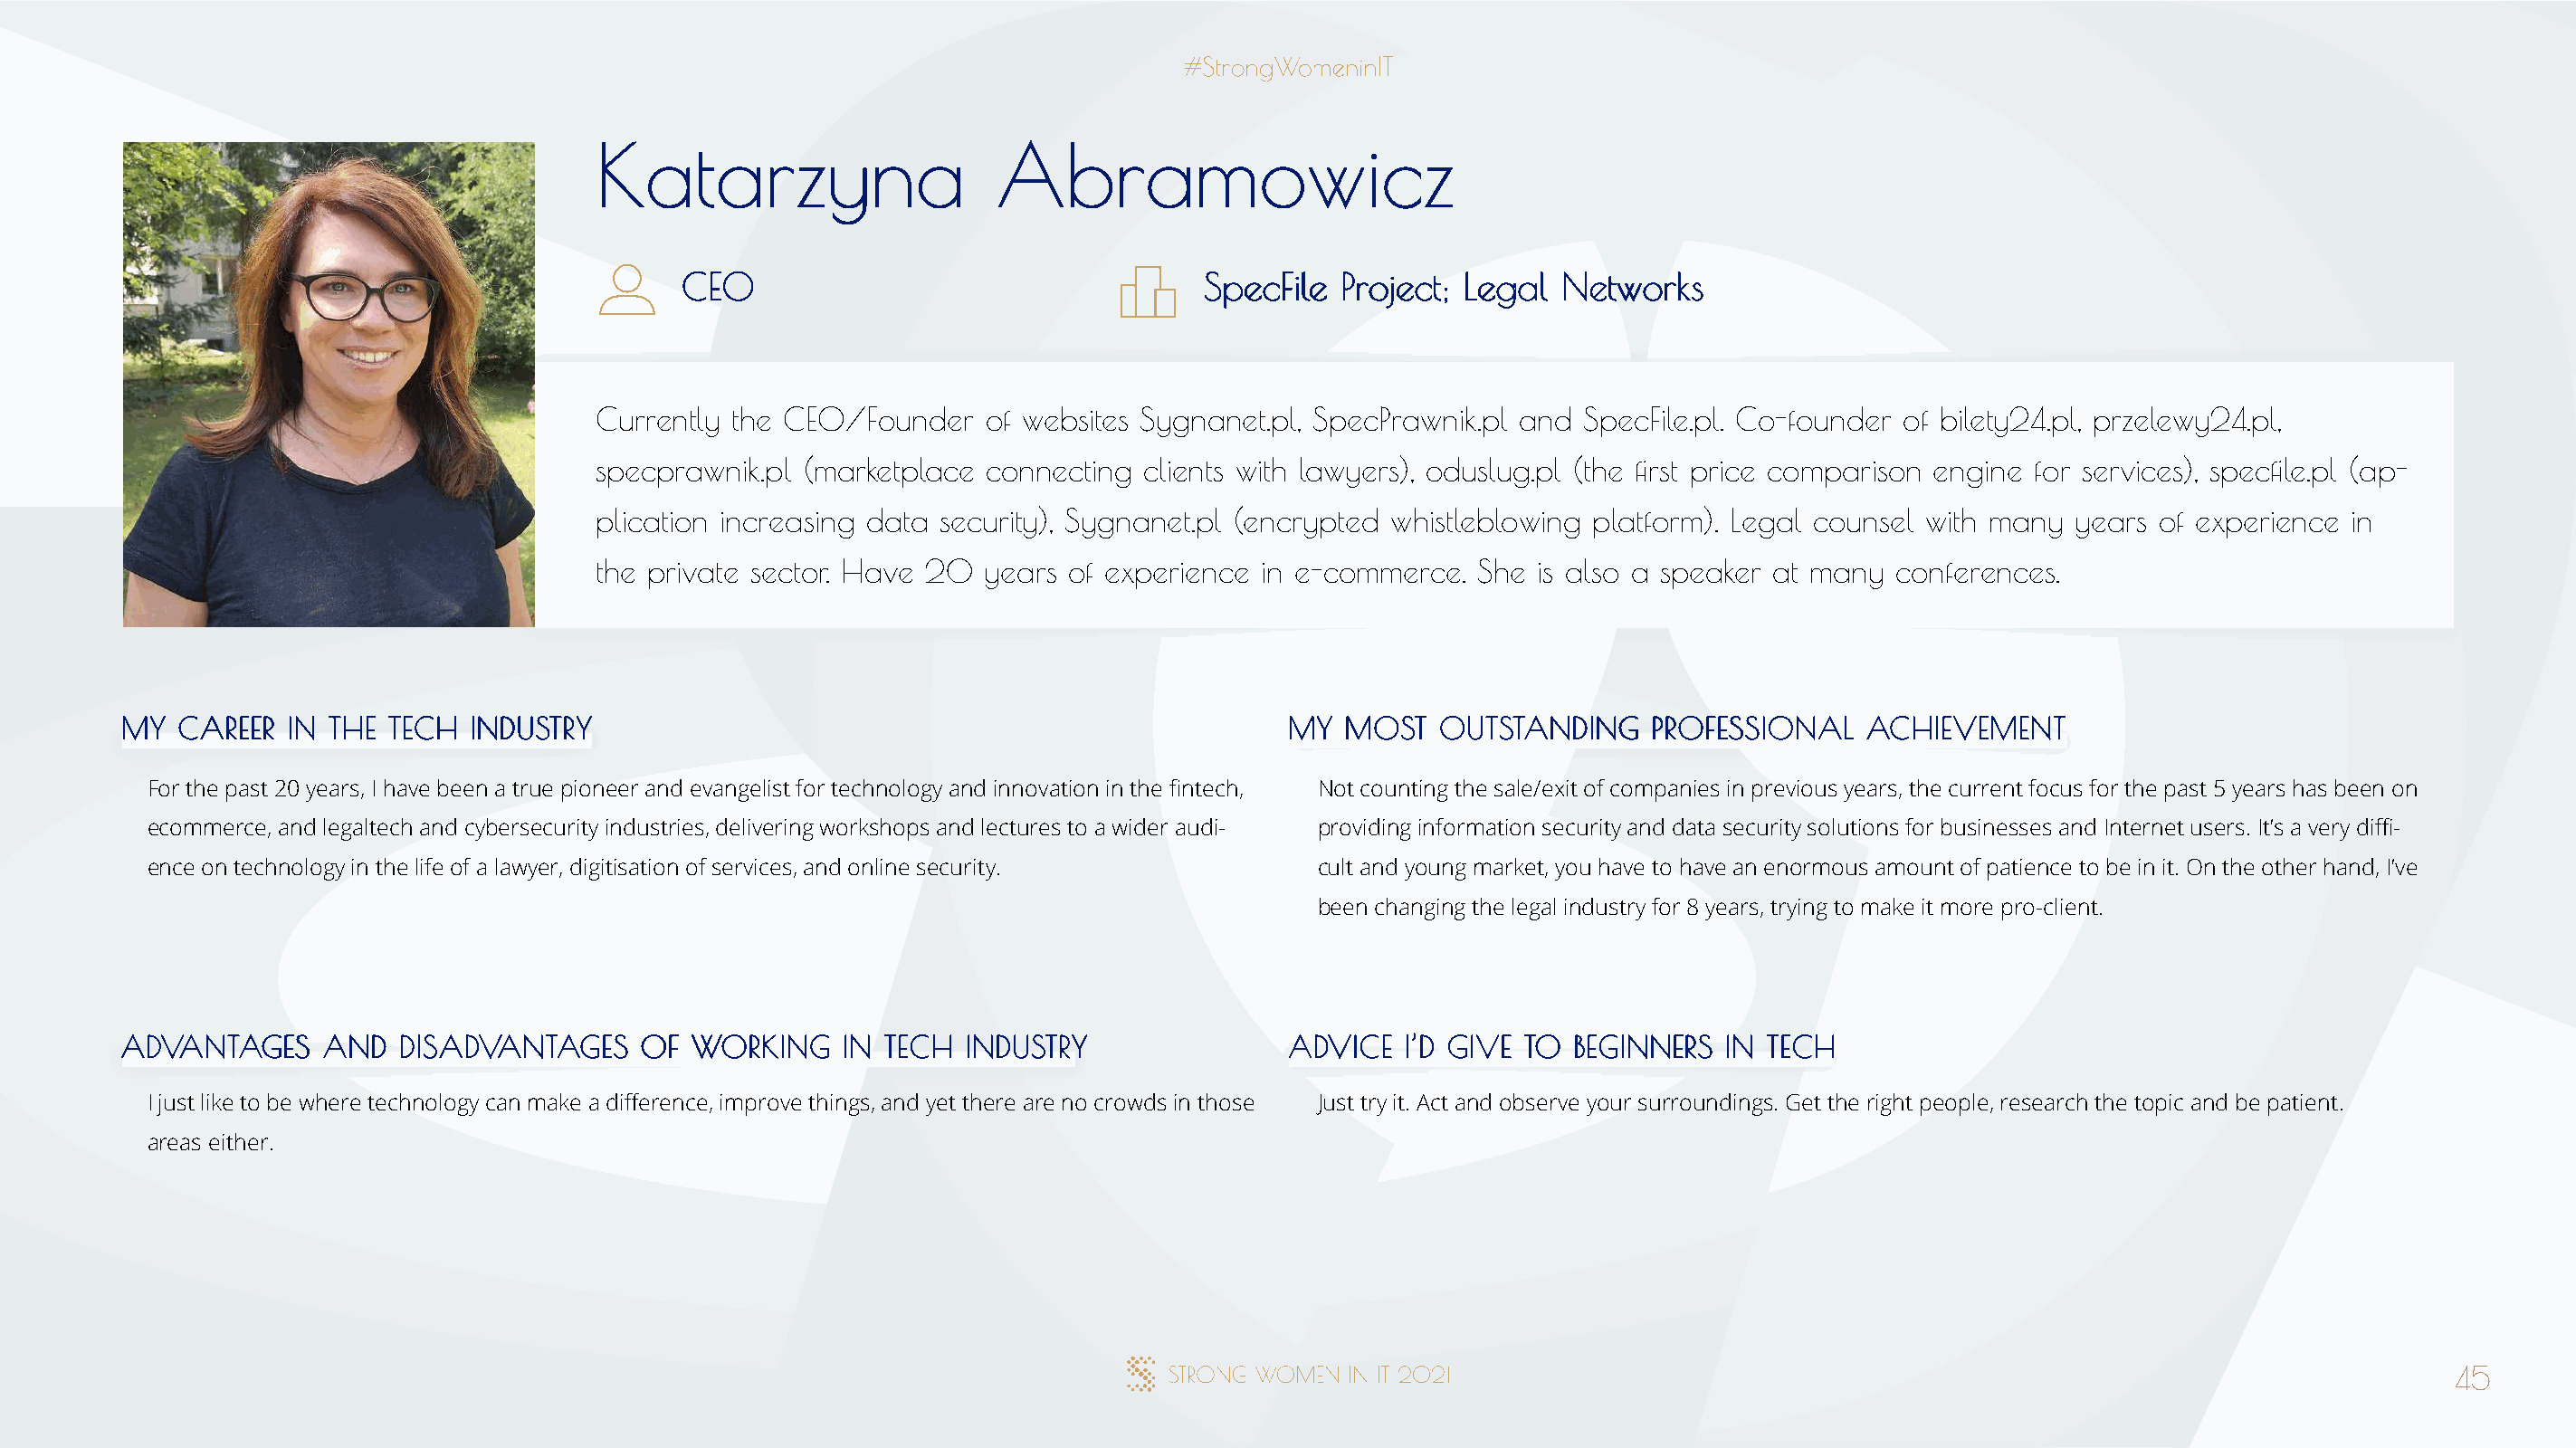
KKaattaarrzzyynnaa           AAbbrraammoowwiicczz
 CCEEOO                                SSppeeccFFiillee PPrroojjeecctt;; LLeeggaall NNeettwwoorrkkss
 Currently the CEO/Founder   of websites Sygnanet.pl, SpecPrawnik.pl and SpecFile.pl. Co-founder of bilety24.pl, przelewy24.pl,
 specprawnik.pl (marketplace connecting  clients with lawyers), oduslug.pl (the first price comparison engine for services), specfile.pl (ap-
 plication increasing data security), Sygnanet.pl (encrypted whistleblowing platform). Legal counsel with many years of experience in
 the private sector. Have 20 years of experience in e-commerce.  She is also a speaker at many  conferences.
 MMYY CCAARREEEERR IINN TTHHEE TTEECCHH IINNDDUUSSTTRRYY                              MMYY MMOOSSTT OOUUTTSSTTAANNDDIINNGG PPRROOFFEESSSSIIOONNAALL AACCHHIIEEVVEEMMEENNTT
 For the past 20 years, I have been a true pioneer and evangelist for technology and innovation in the fintech, Not counting the sale/exit of companies in previous years, the current focus for the past 5 years has been on
 ecommerce, and legaltech and cybersecurity industries, delivering workshops and lectures to a wider audi- providing information security and data security solutions for businesses and Internet users. It’s a very diffi-
 ence on technology in the life of a lawyer, digitisation of services, and online security. cult and young market, you have to have an enormous amount of patience to be in it. On the other hand, I’ve
 been changing the legal industry for 8 years, trying to make it more pro-client.
 AADDVVAANNTTAAGGEESS AANNDD DDIISSAADDVVAANNTTAAGGEESS OOFF WWOORRKKIINNGG IINN TTEECCHH IINNDDUUSSTTRRYY AADDVVIICCEE II’’DD GGIIVVEE TTOO BBEEGGIINNNNEERRSS IINN TTEECCHH
 I just like to be where technology can make a difference, improve things, and yet there are no crowds in those Just try it. Act and observe your surroundings. Get the right people, research the topic and be patient.
 areas either.
 45